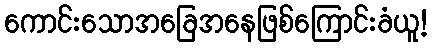
ကောင်းသောအခြေအနေဖြစ်ကြောင်းခံယူ!